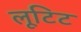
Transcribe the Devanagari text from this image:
लूटिट